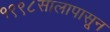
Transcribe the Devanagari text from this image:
१९९८सालापासून